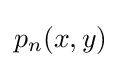
{\textstyle p_{n}(x,y)}